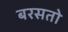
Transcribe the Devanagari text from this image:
बरसतो